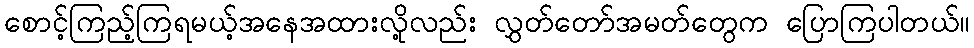
စောင့်ကြည့်ကြရမယ့်အနေအထားလို့လည်း လွှတ်တော်အမတ်တွေက ပြောကြပါတယ်။